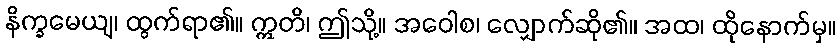
နိက္ခမေယျ၊ ထွက်ရာ၏။ ဣတိ၊ ဤသို့။ အဝေါစ၊ လျှောက်ဆို၏။ အထ၊ ထိုနောက်မှ။